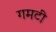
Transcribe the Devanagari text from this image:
गमटी